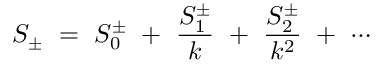
S _ { \pm } ~ = ~ S _ { 0 } ^ { \pm } ~ + ~ \frac { S _ { 1 } ^ { \pm } } { k } ~ + ~ \frac { S _ { 2 } ^ { \pm } } { k ^ { 2 } } ~ + ~ \cdots